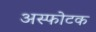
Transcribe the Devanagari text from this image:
अस्फोटक